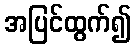
အပြင်ထွက်၍